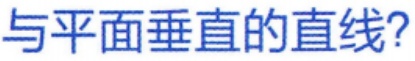
与平面垂直的直线?